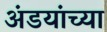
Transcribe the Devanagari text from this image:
अंडयांच्या